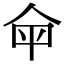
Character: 𤰒